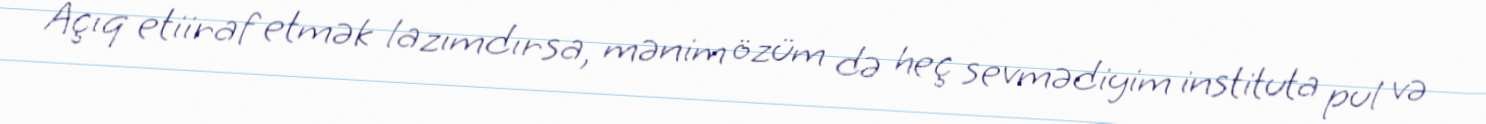
Açıq etiiraf etmək lazımdırsa, mənim özüm də heç sevmədiyim instituta pul və